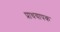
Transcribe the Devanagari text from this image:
प्राधयापक